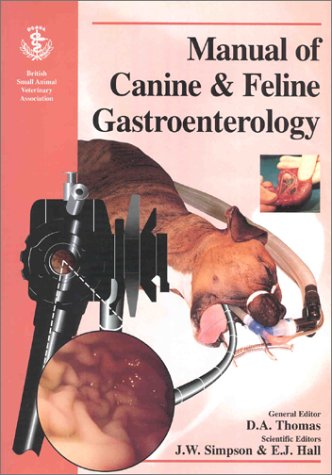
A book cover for Manual of Canine & Feline Gastroenterology; David A. Thomas; Medical Books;